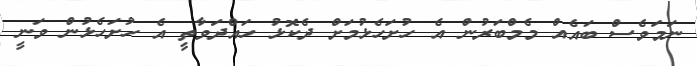
ނަމަވެސް ބައެއް މެމްބަރުން އެ ހުށަހެޅުމަށް ދެކޮޅު ހައްދަވާތީ އެ ހުށަހެޅުން ވަނީ